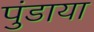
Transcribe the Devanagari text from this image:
पुंडाया